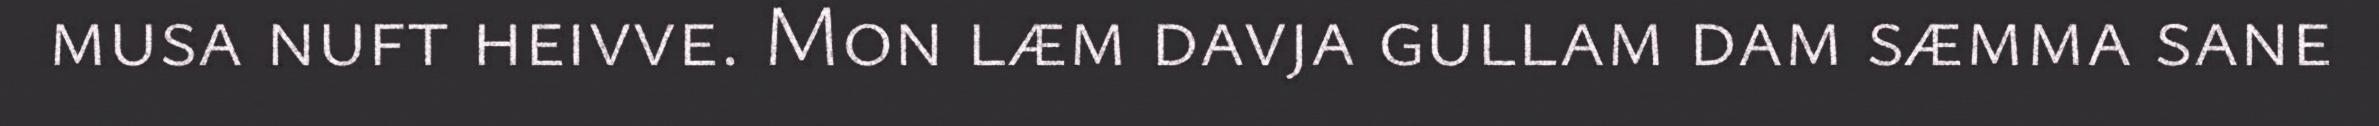
musa nuft heivve. Mon læm davja gullam dam sæmma sane